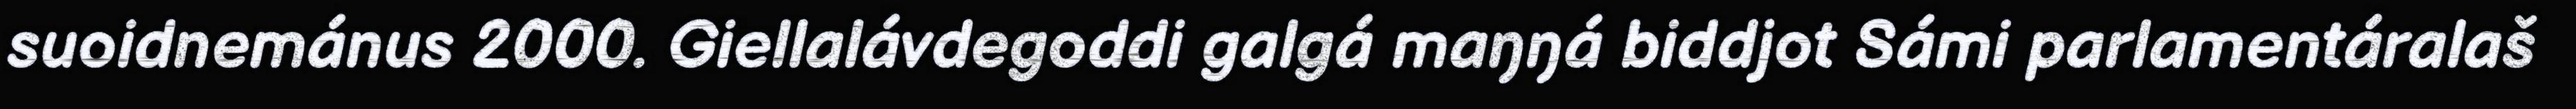
suoidnemánus 2000. Giellalávdegoddi galgá maŋŋá biddjot Sámi parlamentáralaš